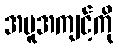
အမူအကျင့်ကို